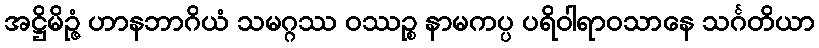
အဋ္ဌိမိဉ္ဇံ ဟာနဘာဂိယံ သမဂ္ဂဿ ဝဿဉ္စ နာမကပ္ပ ပရိဝါရာဝသာနေ သင်္ဂတိယာ